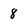
Character: 8